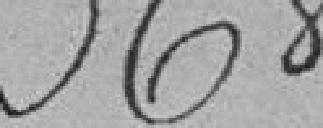
368